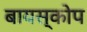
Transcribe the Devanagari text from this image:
बायस्कोप